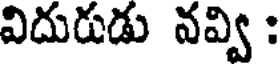
విదురుడు నవ్వి :